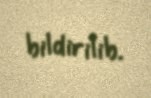
bildirilib.